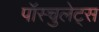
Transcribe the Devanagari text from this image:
पॉस्चुलेट्स